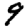
Digit: 9